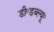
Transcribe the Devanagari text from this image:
डी॰डब्ल्यू॰